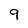
Character: 9